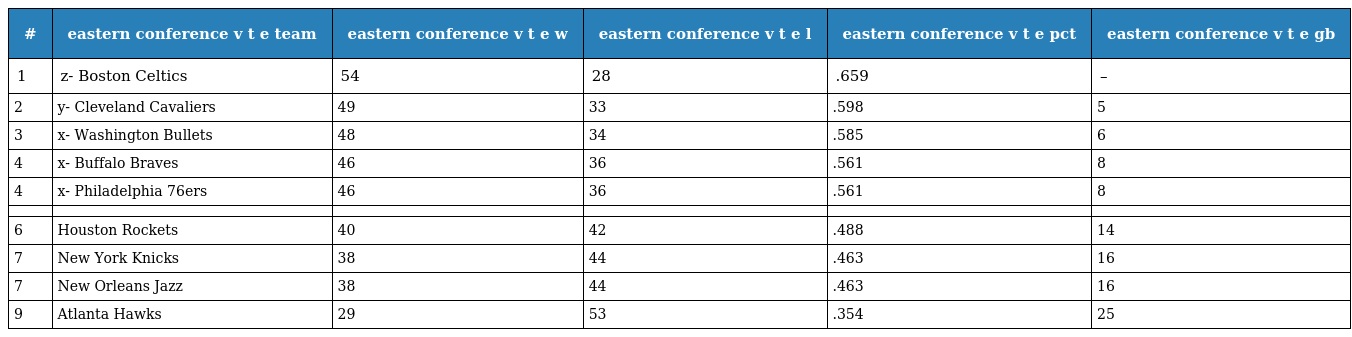
| # | eastern conference v t e team | eastern conference v t e w | eastern conference v t e l | eastern conference v t e pct | eastern conference v t e gb |
 | --- | --- | --- | --- | --- | --- |
 | 1 | z- Boston Celtics | 54 | 28 | .659 | – |
 | 2 | y- Cleveland Cavaliers | 49 | 33 | .598 | 5 |
 | 3 | x- Washington Bullets | 48 | 34 | .585 | 6 |
 | 4 | x- Buffalo Braves | 46 | 36 | .561 | 8 |
 | 4 | x- Philadelphia 76ers | 46 | 36 | .561 | 8 |
 |  |  |  |  |  |  |
 | 6 | Houston Rockets | 40 | 42 | .488 | 14 |
 | 7 | New York Knicks | 38 | 44 | .463 | 16 |
 | 7 | New Orleans Jazz | 38 | 44 | .463 | 16 |
 | 9 | Atlanta Hawks | 29 | 53 | .354 | 25 |